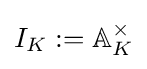
I_{K}:=\mathbb {A} _{K}^{\times }